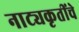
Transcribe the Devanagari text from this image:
नाट्यकृतींचे